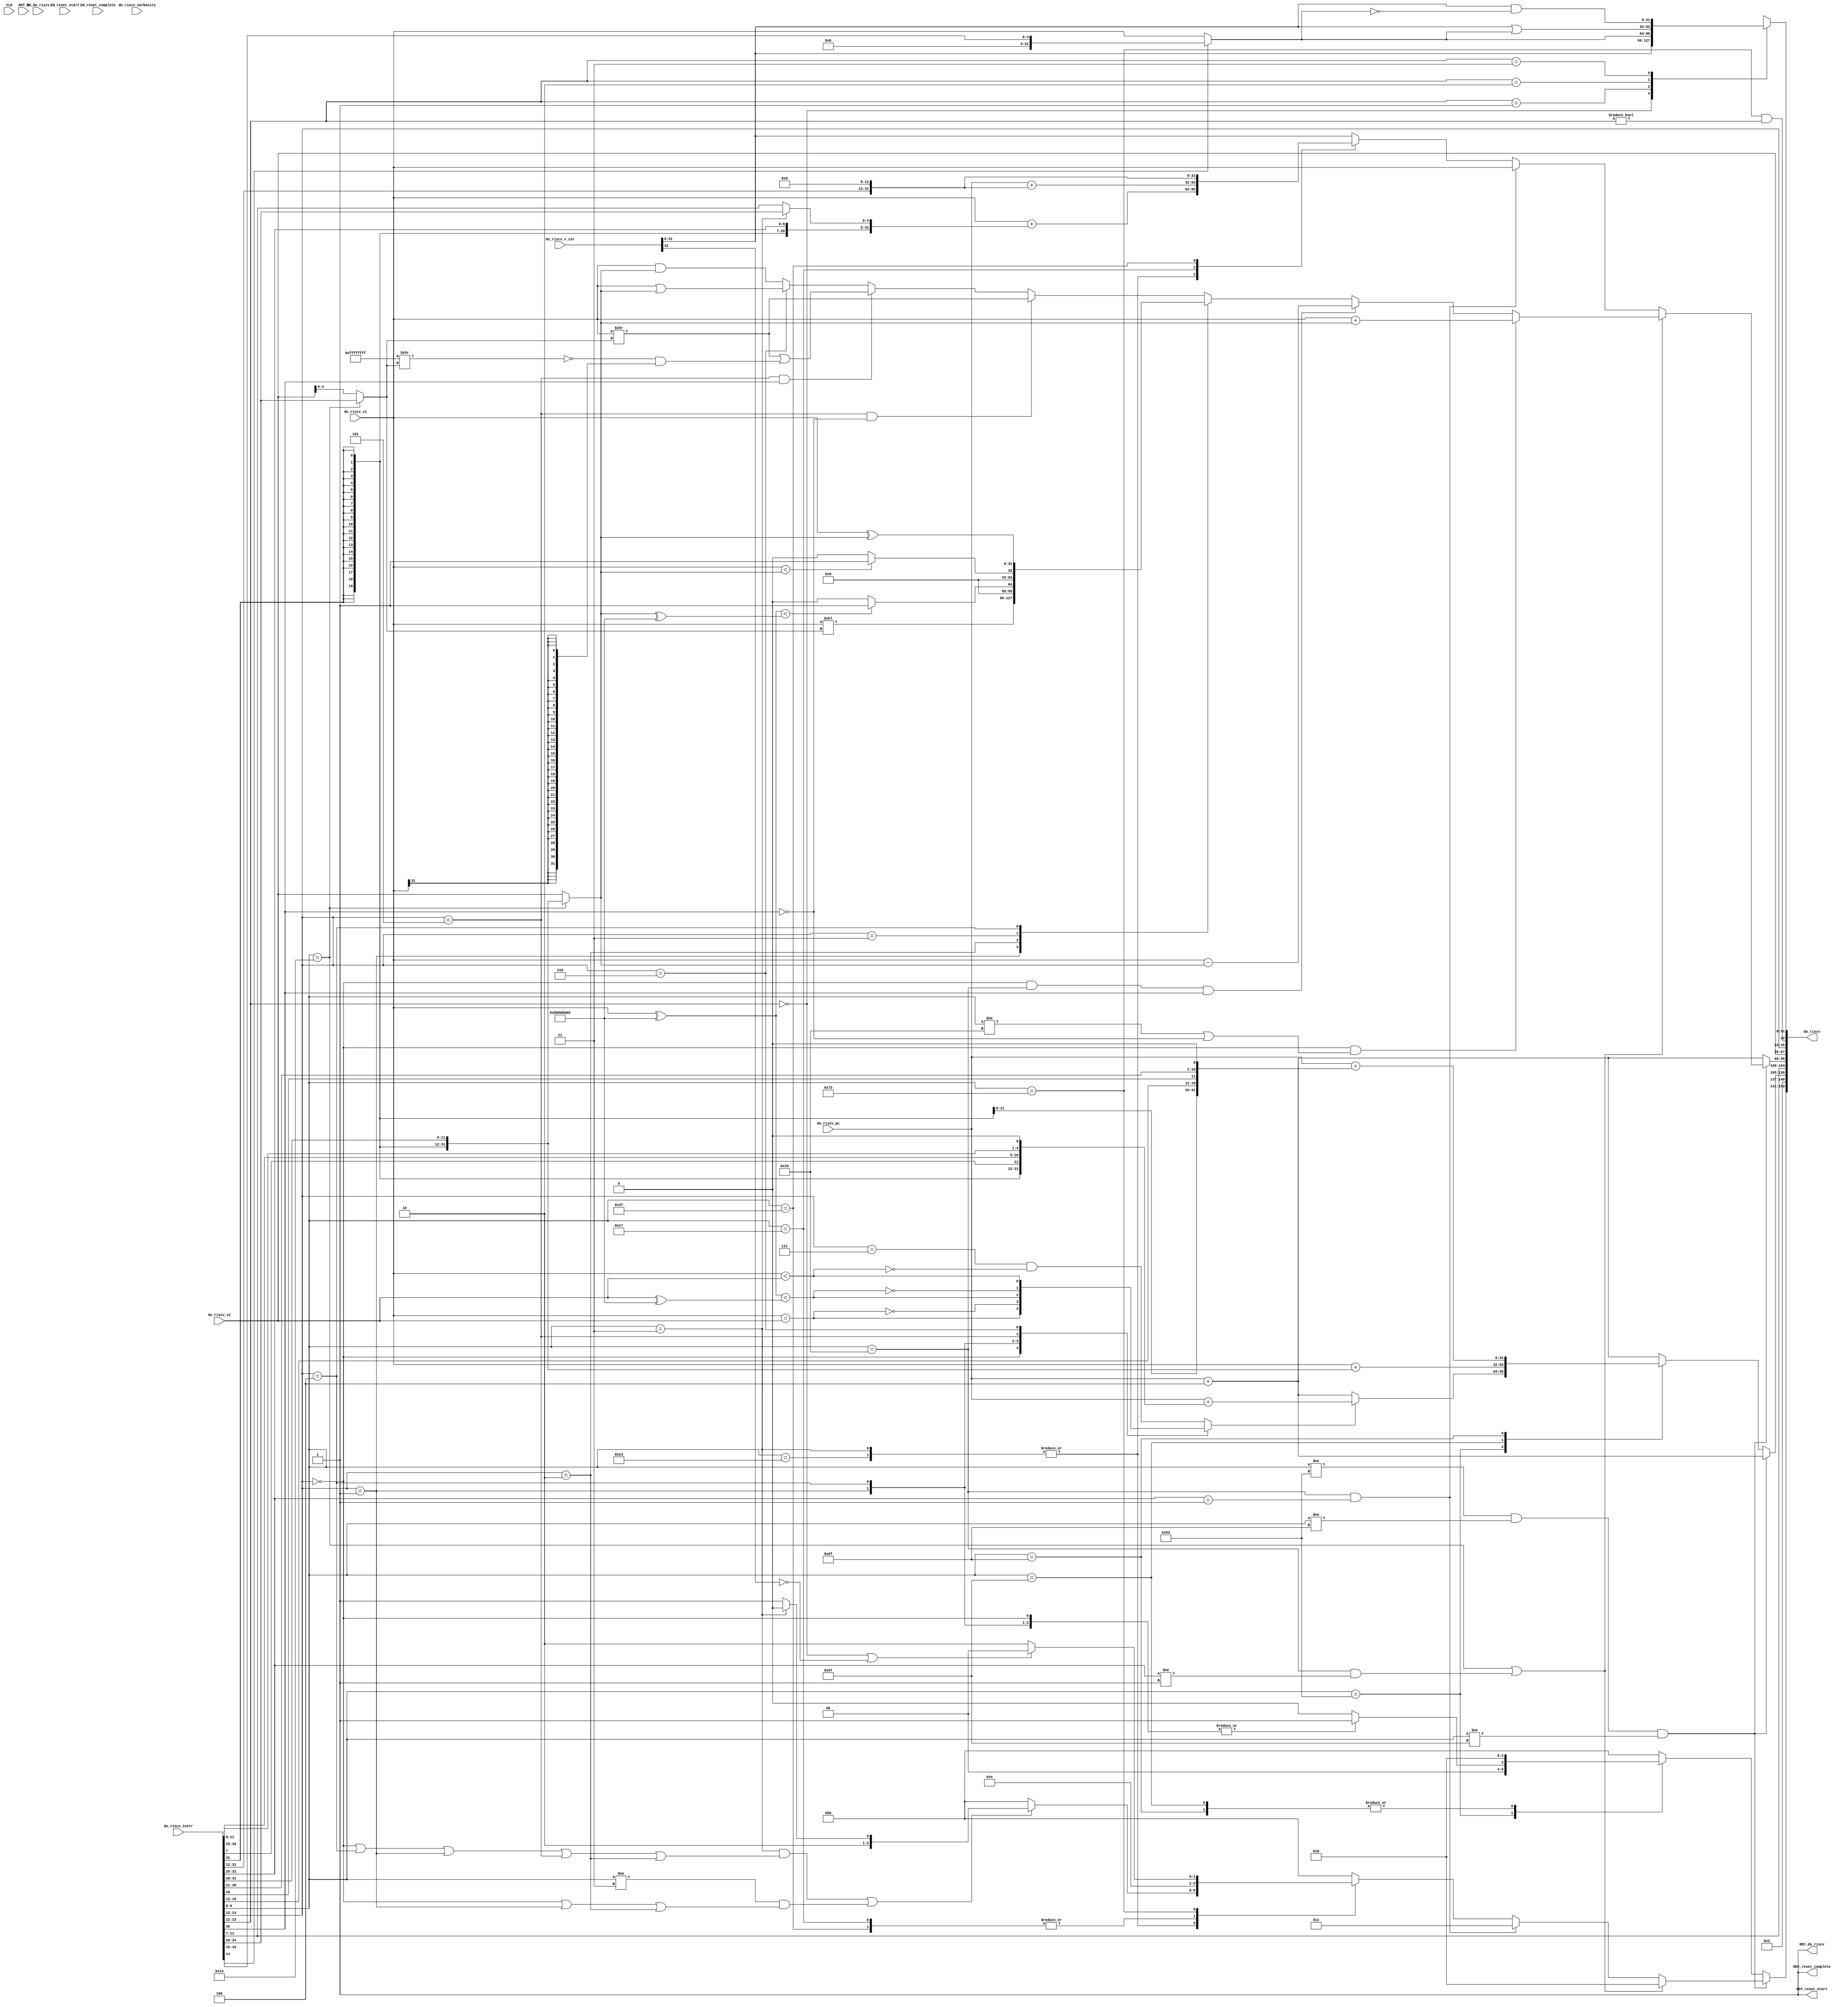
// This program was cloned from: https://github.com/rsnikhil/RISCV_Piccolo_v1
// License: MIT License

//
// Generated by Bluespec Compiler, version 2016.03.beta1 (build 34761, 2016-03-16)
//
// On Sat Jul  9 18:53:25 EDT 2016
//
//
// Ports:
// Name                         I/O  size props
// RDY_reset_start                O     1 const
// RDY_reset_complete             O     1 const
// do_riscv                       O   144
// RDY_do_riscv                   O     1 const
// CLK                            I     1 unused
// RST_N                          I     1 unused
// do_riscv_verbosity             I     4
// do_riscv_pc                    I    32
// do_riscv_instr                 I    32
// do_riscv_v1                    I    32
// do_riscv_v2                    I    32
// do_riscv_v_csr                 I    33
// EN_reset_start                 I     1 unused
// EN_reset_complete              I     1 unused
// EN_do_riscv                    I     1 unused
//
// Combinational paths from inputs to outputs:
//   (do_riscv_pc,
//    do_riscv_instr,
//    do_riscv_v1,
//    do_riscv_v2,
//    do_riscv_v_csr) -> do_riscv
//
//

`ifdef BSV_ASSIGNMENT_DELAY
`else
  `define BSV_ASSIGNMENT_DELAY
`endif

`ifdef BSV_POSITIVE_RESET
  `define BSV_RESET_VALUE 1'b1
  `define BSV_RESET_EDGE posedge
`else
  `define BSV_RESET_VALUE 1'b0
  `define BSV_RESET_EDGE negedge
`endif

module mkRISCV_Exec(CLK,
		    RST_N,

		    EN_reset_start,
		    RDY_reset_start,

		    EN_reset_complete,
		    RDY_reset_complete,

		    do_riscv_verbosity,
		    do_riscv_pc,
		    do_riscv_instr,
		    do_riscv_v1,
		    do_riscv_v2,
		    do_riscv_v_csr,
		    EN_do_riscv,
		    do_riscv,
		    RDY_do_riscv);
  input  CLK;
  input  RST_N;

  // action method reset_start
  input  EN_reset_start;
  output RDY_reset_start;

  // action method reset_complete
  input  EN_reset_complete;
  output RDY_reset_complete;

  // actionvalue method do_riscv
  input  [3 : 0] do_riscv_verbosity;
  input  [31 : 0] do_riscv_pc;
  input  [31 : 0] do_riscv_instr;
  input  [31 : 0] do_riscv_v1;
  input  [31 : 0] do_riscv_v2;
  input  [32 : 0] do_riscv_v_csr;
  input  EN_do_riscv;
  output [143 : 0] do_riscv;
  output RDY_do_riscv;

  // signals for module outputs
  wire [143 : 0] do_riscv;
  wire RDY_do_riscv, RDY_reset_complete, RDY_reset_start;

  // rule scheduling signals
  wire CAN_FIRE_do_riscv,
       CAN_FIRE_reset_complete,
       CAN_FIRE_reset_start,
       WILL_FIRE_do_riscv,
       WILL_FIRE_reset_complete,
       WILL_FIRE_reset_start;

  // remaining internal signals
  reg [31 : 0] _theResult_____2_snd__h518,
	       _theResult___fst_next_pc__h1650,
	       v__h1181,
	       v__h1187,
	       v__h1946,
	       v__h1952,
	       value__h2636,
	       x1_avValue_value1__h1441;
  reg [4 : 0] x1_avValue_rd__h1408;
  reg [2 : 0] CASE_do_riscv_instr_BITS_14_TO_12_0b0_1_0b1_1__ETC__q5,
	      CASE_do_riscv_instr_BITS_6_TO_0_0b1100011_CASE_ETC__q6,
	      CASE_do_riscv_instr_BITS_6_TO_0_0b11_IF_do_ris_ETC__q4;
  reg CASE_do_riscv_instr_BITS_6_TO_0_0b11_NOT_do_ri_ETC__q2,
      CASE_do_riscv_instr_BITS_6_TO_0_0b11_do_riscv__ETC__q3,
      IF_do_riscv_instr_BITS_14_TO_12_1_EQ_0b0_4_THE_ETC___d183;
  wire [31 : 0] IF_do_riscv_instr_BITS_6_TO_0_EQ_0b11_6_THEN_S_ETC___d48,
		SEXT_do_riscv_instr_BITS_31_TO_20____d8,
		_theResult_____2_snd__h511,
		_theResult_____2_snd__h548,
		_theResult_____2_snd__h557,
		_theResult_____2_snd__h564,
		_theResult_____2_snd__h571,
		_theResult_____3__h1121,
		eaddr__h1494,
		eaddr__h809,
		result___1_next_pc__h1700,
		v1_local___1__h2688,
		v_csr___1__h2666,
		v_csr___1__h2734,
		v_rd___1__h498,
		v_rd___1__h506,
		v_rd___1__h513,
		v_rd___1__h520,
		v_rd___1__h527,
		v_rd___1__h534,
		v_rd___1__h543,
		v_rd___1__h552,
		v_rd___1__h559,
		v_rd__h688,
		value__h772,
		x1_avValue_next_pc__h1439,
		x1_avValue_next_pc__h1474,
		x1_avValue_next_pc__h1658,
		x1_avValue_snd_snd__h2401,
		x1_avValue_value1__h1460,
		x1_avValue_value1__h1476,
		x1_avValue_value1__h1660,
		y__h2746,
		y_avValue_value1__h1007,
		y_avValue_value1__h597;
  wire [20 : 0] imm21_UJ__h83;
  wire [12 : 0] imm13_SB__h81;
  wire [11 : 0] do_riscv_instr_BITS_31_TO_20__q1, imm12_S__h80;
  wire [4 : 0] shamt__h446,
	       x1_avValue_rd__h1459,
	       x1_avValue_rd__h1475,
	       x1_avValue_rd__h1659;
  wire [2 : 0] IF_do_riscv_instr_BITS_6_TO_0_EQ_0b110011_0_AN_ETC___d291,
	       IF_do_riscv_instr_BITS_6_TO_0_EQ_0b11_6_AND_do_ETC___d286;
  wire IF_NOT_do_riscv_instr_BITS_6_TO_0_EQ_0b1100011_ETC___d120,
       IF_NOT_do_riscv_instr_BITS_6_TO_0_EQ_0b1100011_ETC___d163,
       NOT_do_riscv_verbosity_ULE_1___d4,
       do_riscv_v1_EQ_do_riscv_v2___d172,
       do_riscv_v1_SLT_do_riscv_v2___d174,
       do_riscv_v1_ULT_do_riscv_v2___d176;

  // action method reset_start
  assign RDY_reset_start = 1'd1 ;
  assign CAN_FIRE_reset_start = 1'd1 ;
  assign WILL_FIRE_reset_start = EN_reset_start ;

  // action method reset_complete
  assign RDY_reset_complete = 1'd1 ;
  assign CAN_FIRE_reset_complete = 1'd1 ;
  assign WILL_FIRE_reset_complete = EN_reset_complete ;

  // actionvalue method do_riscv
  assign do_riscv =
	     { (do_riscv_instr[6:0] != 7'b1100011 &&
		do_riscv_instr[6:0] != 7'b1101111 &&
		do_riscv_instr[6:0] != 7'b1100111) ?
		 ((do_riscv_instr[6:0] == 7'b0010011 ||
		   do_riscv_instr[6:0] == 7'b0110011 &&
		   do_riscv_instr[31:25] != 7'b0000001) ?
		    3'd2 :
		    IF_do_riscv_instr_BITS_6_TO_0_EQ_0b110011_0_AN_ETC___d291) :
		 CASE_do_riscv_instr_BITS_6_TO_0_0b1100011_CASE_ETC__q6,
	       4'h2,
	       x1_avValue_next_pc__h1658,
	       x1_avValue_rd__h1659,
	       x1_avValue_value1__h1660,
	       do_riscv_v2,
	       do_riscv_instr[14:12],
	       do_riscv_instr[6:0] == 7'b1110011 &&
	       do_riscv_instr[13:12] != 2'd0,
	       value__h2636 } ;
  assign RDY_do_riscv = 1'd1 ;
  assign CAN_FIRE_do_riscv = 1'd1 ;
  assign WILL_FIRE_do_riscv = EN_do_riscv ;

  // remaining internal signals
  assign IF_NOT_do_riscv_instr_BITS_6_TO_0_EQ_0b1100011_ETC___d120 =
	     (do_riscv_instr[6:0] != 7'b1100011 &&
	      do_riscv_instr[6:0] != 7'b1101111 &&
	      do_riscv_instr[6:0] != 7'b1100111) ?
	       ((do_riscv_instr[6:0] == 7'b0010011 ||
		 do_riscv_instr[6:0] == 7'b0110011 &&
		 do_riscv_instr[31:25] != 7'b0000001) ?
		  1'b0 :
		  (do_riscv_instr[6:0] != 7'b0110011 ||
		   do_riscv_instr[31:25] != 7'b0000001) &&
		  do_riscv_instr[6:0] != 7'b0110111 &&
		  do_riscv_instr[6:0] != 7'b0010111 &&
		  CASE_do_riscv_instr_BITS_6_TO_0_0b11_NOT_do_ri_ETC__q2) :
	       ((do_riscv_instr[6:0] == 7'b1100011) ?
		  do_riscv_instr[14:12] != 3'b0 &&
		  do_riscv_instr[14:12] != 3'b001 &&
		  do_riscv_instr[14:12] != 3'b100 &&
		  do_riscv_instr[14:12] != 3'b101 &&
		  do_riscv_instr[14:12] != 3'b110 &&
		  do_riscv_instr[14:12] != 3'b111 :
		  do_riscv_instr[6:0] != 7'b1101111 &&
		  do_riscv_instr[6:0] != 7'b1100111) ;
  assign IF_NOT_do_riscv_instr_BITS_6_TO_0_EQ_0b1100011_ETC___d163 =
	     (do_riscv_instr[6:0] != 7'b1100011 &&
	      do_riscv_instr[6:0] != 7'b1101111 &&
	      do_riscv_instr[6:0] != 7'b1100111) ?
	       ((do_riscv_instr[6:0] == 7'b0010011 ||
		 do_riscv_instr[6:0] == 7'b0110011 &&
		 do_riscv_instr[31:25] != 7'b0000001) ?
		  1'b1 :
		  do_riscv_instr[6:0] == 7'b0110011 &&
		  do_riscv_instr[31:25] == 7'b0000001 ||
		  do_riscv_instr[6:0] == 7'b0110111 ||
		  do_riscv_instr[6:0] == 7'b0010111 ||
		  CASE_do_riscv_instr_BITS_6_TO_0_0b11_do_riscv__ETC__q3) :
	       ((do_riscv_instr[6:0] == 7'b1100011) ?
		  do_riscv_instr[14:12] == 3'b0 ||
		  do_riscv_instr[14:12] == 3'b001 ||
		  do_riscv_instr[14:12] == 3'b100 ||
		  do_riscv_instr[14:12] == 3'b101 ||
		  do_riscv_instr[14:12] == 3'b110 ||
		  do_riscv_instr[14:12] == 3'b111 :
		  do_riscv_instr[6:0] == 7'b1101111 ||
		  do_riscv_instr[6:0] == 7'b1100111) ;
  assign IF_do_riscv_instr_BITS_6_TO_0_EQ_0b110011_0_AN_ETC___d291 =
	     (do_riscv_instr[6:0] == 7'b0110011 &&
	      do_riscv_instr[31:25] == 7'b0000001) ?
	       3'd3 :
	       CASE_do_riscv_instr_BITS_6_TO_0_0b11_IF_do_ris_ETC__q4 ;
  assign IF_do_riscv_instr_BITS_6_TO_0_EQ_0b11_6_AND_do_ETC___d286 =
	     (do_riscv_instr[6:0] == 7'b0000011 &&
	      (do_riscv_instr[14:12] == 3'b0 ||
	       do_riscv_instr[14:12] == 3'b100 ||
	       do_riscv_instr[14:12] == 3'b001 ||
	       do_riscv_instr[14:12] == 3'b101 ||
	       do_riscv_instr[14:12] == 3'b010) ||
	      do_riscv_instr[6:0] != 7'b0000011 &&
	      (do_riscv_instr[14:12] == 3'b0 ||
	       do_riscv_instr[14:12] == 3'b001 ||
	       do_riscv_instr[14:12] == 3'b010)) ?
	       ((do_riscv_instr[6:0] == 7'b0000011) ? 3'd4 : 3'd5) :
	       3'd0 ;
  assign IF_do_riscv_instr_BITS_6_TO_0_EQ_0b11_6_THEN_S_ETC___d48 =
	     (do_riscv_instr[6:0] == 7'b0000011) ?
	       SEXT_do_riscv_instr_BITS_31_TO_20____d8 :
	       { {20{imm12_S__h80[11]}}, imm12_S__h80 } ;
  assign NOT_do_riscv_verbosity_ULE_1___d4 = do_riscv_verbosity > 4'd1 ;
  assign SEXT_do_riscv_instr_BITS_31_TO_20____d8 =
	     { {20{do_riscv_instr_BITS_31_TO_20__q1[11]}},
	       do_riscv_instr_BITS_31_TO_20__q1 } ;
  assign _theResult_____2_snd__h511 =
	     (do_riscv_instr[14:12] == 3'b0 &&
	      do_riscv_instr[6:0] == 7'b0110011 &&
	      do_riscv_instr[30]) ?
	       v_rd___1__h506 :
	       _theResult_____2_snd__h518 ;
  assign _theResult_____2_snd__h548 =
	     (do_riscv_instr[14:12] == 3'b101 && !do_riscv_instr[30]) ?
	       v_rd___1__h543 :
	       _theResult_____2_snd__h557 ;
  assign _theResult_____2_snd__h557 =
	     (do_riscv_instr[14:12] == 3'b101 && do_riscv_instr[30]) ?
	       v_rd___1__h552 :
	       _theResult_____2_snd__h564 ;
  assign _theResult_____2_snd__h564 =
	     (do_riscv_instr[14:12] == 3'b110) ?
	       v_rd___1__h559 :
	       _theResult_____2_snd__h571 ;
  assign _theResult_____2_snd__h571 =
	     do_riscv_v1 & x1_avValue_snd_snd__h2401 ;
  assign _theResult_____3__h1121 =
	     do_riscv_instr[14] ? v1_local___1__h2688 : do_riscv_v1 ;
  assign do_riscv_instr_BITS_31_TO_20__q1 = do_riscv_instr[31:20] ;
  assign do_riscv_v1_EQ_do_riscv_v2___d172 = do_riscv_v1 == do_riscv_v2 ;
  assign do_riscv_v1_SLT_do_riscv_v2___d174 =
	     (do_riscv_v1 ^ 32'h80000000) < (do_riscv_v2 ^ 32'h80000000) ;
  assign do_riscv_v1_ULT_do_riscv_v2___d176 = do_riscv_v1 < do_riscv_v2 ;
  assign eaddr__h1494 =
	     do_riscv_pc + { {19{imm13_SB__h81[12]}}, imm13_SB__h81 } ;
  assign eaddr__h809 = y_avValue_value1__h1007 ;
  assign imm12_S__h80 = { do_riscv_instr[31:25], do_riscv_instr[11:7] } ;
  assign imm13_SB__h81 =
	     { do_riscv_instr[31],
	       do_riscv_instr[7],
	       do_riscv_instr[30:25],
	       do_riscv_instr[11:8],
	       1'b0 } ;
  assign imm21_UJ__h83 =
	     { do_riscv_instr[31],
	       do_riscv_instr[19:12],
	       do_riscv_instr[20],
	       do_riscv_instr[30:21],
	       1'b0 } ;
  assign result___1_next_pc__h1700 = do_riscv_pc + 32'd4 ;
  assign shamt__h446 =
	     (do_riscv_instr[6:0] == 7'b0010011) ?
	       do_riscv_instr[24:20] :
	       do_riscv_v2[4:0] ;
  assign v1_local___1__h2688 = { 27'd0, do_riscv_instr[19:15] } ;
  assign v_csr___1__h2666 = do_riscv_v_csr[31:0] | _theResult_____3__h1121 ;
  assign v_csr___1__h2734 = do_riscv_v_csr[31:0] & y__h2746 ;
  assign v_rd___1__h498 = do_riscv_v1 + x1_avValue_snd_snd__h2401 ;
  assign v_rd___1__h506 = do_riscv_v1 - x1_avValue_snd_snd__h2401 ;
  assign v_rd___1__h513 = do_riscv_v1 << shamt__h446 ;
  assign v_rd___1__h520 =
	     ((do_riscv_v1 ^ 32'h80000000) <
	      (x1_avValue_snd_snd__h2401 ^ 32'h80000000)) ?
	       32'd1 :
	       32'd0 ;
  assign v_rd___1__h527 =
	     (do_riscv_v1 < x1_avValue_snd_snd__h2401) ? 32'd1 : 32'd0 ;
  assign v_rd___1__h534 = do_riscv_v1 ^ x1_avValue_snd_snd__h2401 ;
  assign v_rd___1__h543 = do_riscv_v1 >> shamt__h446 ;
  assign v_rd___1__h552 =
	     do_riscv_v1 >> shamt__h446 |
	     ~(32'hFFFFFFFF >> shamt__h446) & {32{do_riscv_v1[31]}} ;
  assign v_rd___1__h559 = do_riscv_v1 | x1_avValue_snd_snd__h2401 ;
  assign v_rd__h688 = { do_riscv_instr[31:12], 12'h0 } ;
  assign value__h772 = do_riscv_pc + v_rd__h688 ;
  assign x1_avValue_next_pc__h1439 = result___1_next_pc__h1700 ;
  assign x1_avValue_next_pc__h1474 =
	     (do_riscv_instr[6:0] == 7'b0110011 &&
	      do_riscv_instr[31:25] == 7'b0000001) ?
	       result___1_next_pc__h1700 :
	       x1_avValue_next_pc__h1439 ;
  assign x1_avValue_next_pc__h1658 =
	     (do_riscv_instr[6:0] != 7'b1100011 &&
	      do_riscv_instr[6:0] != 7'b1101111 &&
	      do_riscv_instr[6:0] != 7'b1100111) ?
	       x1_avValue_next_pc__h1474 :
	       _theResult___fst_next_pc__h1650 ;
  assign x1_avValue_rd__h1459 =
	     (do_riscv_instr[6:0] == 7'b0110011 &&
	      do_riscv_instr[31:25] == 7'b0000001 ||
	      do_riscv_instr[6:0] == 7'b0110111 ||
	      do_riscv_instr[6:0] == 7'b0010111) ?
	       do_riscv_instr[11:7] :
	       x1_avValue_rd__h1408 ;
  assign x1_avValue_rd__h1475 =
	     (do_riscv_instr[6:0] == 7'b0010011 ||
	      do_riscv_instr[6:0] == 7'b0110011 &&
	      do_riscv_instr[31:25] != 7'b0000001) ?
	       do_riscv_instr[11:7] :
	       x1_avValue_rd__h1459 ;
  assign x1_avValue_rd__h1659 =
	     (do_riscv_instr[6:0] != 7'b1100011 &&
	      do_riscv_instr[6:0] != 7'b1101111 &&
	      do_riscv_instr[6:0] != 7'b1100111) ?
	       x1_avValue_rd__h1475 :
	       do_riscv_instr[11:7] ;
  assign x1_avValue_snd_snd__h2401 =
	     (do_riscv_instr[6:0] == 7'b0010011) ?
	       SEXT_do_riscv_instr_BITS_31_TO_20____d8 :
	       do_riscv_v2 ;
  assign x1_avValue_value1__h1460 =
	     (do_riscv_instr[6:0] == 7'b0110011 &&
	      do_riscv_instr[31:25] == 7'b0000001) ?
	       do_riscv_v1 :
	       x1_avValue_value1__h1441 ;
  assign x1_avValue_value1__h1476 =
	     (do_riscv_instr[6:0] == 7'b0010011 ||
	      do_riscv_instr[6:0] == 7'b0110011 &&
	      do_riscv_instr[31:25] != 7'b0000001) ?
	       y_avValue_value1__h597 :
	       x1_avValue_value1__h1460 ;
  assign x1_avValue_value1__h1660 =
	     (do_riscv_instr[6:0] != 7'b1100011 &&
	      do_riscv_instr[6:0] != 7'b1101111 &&
	      do_riscv_instr[6:0] != 7'b1100111) ?
	       x1_avValue_value1__h1476 :
	       result___1_next_pc__h1700 ;
  assign y__h2746 = ~_theResult_____3__h1121 ;
  assign y_avValue_value1__h1007 =
	     do_riscv_v1 +
	     IF_do_riscv_instr_BITS_6_TO_0_EQ_0b11_6_THEN_S_ETC___d48 ;
  assign y_avValue_value1__h597 =
	     (do_riscv_instr[14:12] == 3'b0 &&
	      (do_riscv_instr[6:0] != 7'b0110011 || !do_riscv_instr[30])) ?
	       v_rd___1__h498 :
	       _theResult_____2_snd__h511 ;
  always@(do_riscv_instr)
  begin
    case (do_riscv_instr[6:0])
      7'b0000011, 7'b0100011: x1_avValue_rd__h1408 = do_riscv_instr[11:7];
      default: x1_avValue_rd__h1408 = do_riscv_instr[11:7];
    endcase
  end
  always@(do_riscv_instr or
	  do_riscv_v_csr or
	  _theResult_____3__h1121 or v_csr___1__h2666 or v_csr___1__h2734)
  begin
    case (do_riscv_instr[13:12])
      2'd0: value__h2636 = do_riscv_v_csr[31:0];
      2'd1: value__h2636 = _theResult_____3__h1121;
      2'd2: value__h2636 = v_csr___1__h2666;
      2'd3: value__h2636 = v_csr___1__h2734;
    endcase
  end
  always@(do_riscv_instr or
	  do_riscv_v_csr or
	  y_avValue_value1__h1007 or value__h772 or v_rd__h688)
  begin
    case (do_riscv_instr[6:0])
      7'b0000011, 7'b0100011:
	  x1_avValue_value1__h1441 = y_avValue_value1__h1007;
      7'b0010111: x1_avValue_value1__h1441 = value__h772;
      7'b0110111: x1_avValue_value1__h1441 = v_rd__h688;
      default: x1_avValue_value1__h1441 = do_riscv_v_csr[31:0];
    endcase
  end
  always@(do_riscv_instr or
	  _theResult_____2_snd__h548 or
	  v_rd___1__h513 or
	  v_rd___1__h520 or v_rd___1__h527 or v_rd___1__h534)
  begin
    case (do_riscv_instr[14:12])
      3'b001: _theResult_____2_snd__h518 = v_rd___1__h513;
      3'b010: _theResult_____2_snd__h518 = v_rd___1__h520;
      3'b011: _theResult_____2_snd__h518 = v_rd___1__h527;
      3'b100: _theResult_____2_snd__h518 = v_rd___1__h534;
      default: _theResult_____2_snd__h518 = _theResult_____2_snd__h548;
    endcase
  end
  always@(do_riscv_instr or do_riscv_v_csr)
  begin
    case (do_riscv_instr[6:0])
      7'b0000011, 7'b0100011:
	  CASE_do_riscv_instr_BITS_6_TO_0_0b11_NOT_do_ri_ETC__q2 =
	      (do_riscv_instr[6:0] != 7'b0000011 ||
	       do_riscv_instr[14:12] != 3'b0 &&
	       do_riscv_instr[14:12] != 3'b100 &&
	       do_riscv_instr[14:12] != 3'b001 &&
	       do_riscv_instr[14:12] != 3'b101 &&
	       do_riscv_instr[14:12] != 3'b010) &&
	      (do_riscv_instr[6:0] == 7'b0000011 ||
	       do_riscv_instr[14:12] != 3'b0 &&
	       do_riscv_instr[14:12] != 3'b001 &&
	       do_riscv_instr[14:12] != 3'b010);
      default: CASE_do_riscv_instr_BITS_6_TO_0_0b11_NOT_do_ri_ETC__q2 =
		   do_riscv_instr[6:0] != 7'b1110011 ||
		   do_riscv_instr[13:12] == 2'd0 ||
		   !do_riscv_v_csr[32];
    endcase
  end
  always@(do_riscv_instr or do_riscv_v_csr)
  begin
    case (do_riscv_instr[6:0])
      7'b0000011, 7'b0100011:
	  CASE_do_riscv_instr_BITS_6_TO_0_0b11_do_riscv__ETC__q3 =
	      do_riscv_instr[6:0] == 7'b0000011 &&
	      (do_riscv_instr[14:12] == 3'b0 ||
	       do_riscv_instr[14:12] == 3'b100 ||
	       do_riscv_instr[14:12] == 3'b001 ||
	       do_riscv_instr[14:12] == 3'b101 ||
	       do_riscv_instr[14:12] == 3'b010) ||
	      do_riscv_instr[6:0] != 7'b0000011 &&
	      (do_riscv_instr[14:12] == 3'b0 ||
	       do_riscv_instr[14:12] == 3'b001 ||
	       do_riscv_instr[14:12] == 3'b010);
      default: CASE_do_riscv_instr_BITS_6_TO_0_0b11_do_riscv__ETC__q3 =
		   do_riscv_instr[6:0] == 7'b1110011 &&
		   do_riscv_instr[13:12] != 2'd0 &&
		   do_riscv_v_csr[32];
    endcase
  end
  always@(do_riscv_instr or
	  do_riscv_v1_ULT_do_riscv_v2___d176 or
	  do_riscv_v1_EQ_do_riscv_v2___d172 or
	  do_riscv_v1_SLT_do_riscv_v2___d174)
  begin
    case (do_riscv_instr[14:12])
      3'b0:
	  IF_do_riscv_instr_BITS_14_TO_12_1_EQ_0b0_4_THE_ETC___d183 =
	      do_riscv_v1_EQ_do_riscv_v2___d172;
      3'b001:
	  IF_do_riscv_instr_BITS_14_TO_12_1_EQ_0b0_4_THE_ETC___d183 =
	      !do_riscv_v1_EQ_do_riscv_v2___d172;
      3'b100:
	  IF_do_riscv_instr_BITS_14_TO_12_1_EQ_0b0_4_THE_ETC___d183 =
	      do_riscv_v1_SLT_do_riscv_v2___d174;
      3'b101:
	  IF_do_riscv_instr_BITS_14_TO_12_1_EQ_0b0_4_THE_ETC___d183 =
	      !do_riscv_v1_SLT_do_riscv_v2___d174;
      3'b110:
	  IF_do_riscv_instr_BITS_14_TO_12_1_EQ_0b0_4_THE_ETC___d183 =
	      do_riscv_v1_ULT_do_riscv_v2___d176;
      default: IF_do_riscv_instr_BITS_14_TO_12_1_EQ_0b0_4_THE_ETC___d183 =
		   do_riscv_instr[14:12] == 3'b111 &&
		   !do_riscv_v1_ULT_do_riscv_v2___d176;
    endcase
  end
  always@(do_riscv_instr or
	  result___1_next_pc__h1700 or
	  IF_do_riscv_instr_BITS_14_TO_12_1_EQ_0b0_4_THE_ETC___d183 or
	  eaddr__h1494 or
	  do_riscv_v1 or
	  SEXT_do_riscv_instr_BITS_31_TO_20____d8 or
	  do_riscv_pc or imm21_UJ__h83)
  begin
    case (do_riscv_instr[6:0])
      7'b1100011:
	  _theResult___fst_next_pc__h1650 =
	      IF_do_riscv_instr_BITS_14_TO_12_1_EQ_0b0_4_THE_ETC___d183 ?
		eaddr__h1494 :
		result___1_next_pc__h1700;
      7'b1100111:
	  _theResult___fst_next_pc__h1650 =
	      do_riscv_v1 + SEXT_do_riscv_instr_BITS_31_TO_20____d8;
      7'b1101111:
	  _theResult___fst_next_pc__h1650 =
	      do_riscv_pc + { {11{imm21_UJ__h83[20]}}, imm21_UJ__h83 };
      default: _theResult___fst_next_pc__h1650 = result___1_next_pc__h1700;
    endcase
  end
  always@(do_riscv_instr or
	  IF_do_riscv_instr_BITS_6_TO_0_EQ_0b11_6_AND_do_ETC___d286 or
	  do_riscv_v_csr)
  begin
    case (do_riscv_instr[6:0])
      7'b0000011, 7'b0100011:
	  CASE_do_riscv_instr_BITS_6_TO_0_0b11_IF_do_ris_ETC__q4 =
	      IF_do_riscv_instr_BITS_6_TO_0_EQ_0b11_6_AND_do_ETC___d286;
      7'b0010111, 7'b0110111:
	  CASE_do_riscv_instr_BITS_6_TO_0_0b11_IF_do_ris_ETC__q4 = 3'd2;
      7'b1110011:
	  CASE_do_riscv_instr_BITS_6_TO_0_0b11_IF_do_ris_ETC__q4 =
	      (do_riscv_instr[13:12] == 2'd0 || !do_riscv_v_csr[32]) ?
		3'd0 :
		3'd2;
      default: CASE_do_riscv_instr_BITS_6_TO_0_0b11_IF_do_ris_ETC__q4 = 3'd0;
    endcase
  end
  always@(do_riscv_instr)
  begin
    case (do_riscv_instr[14:12])
      3'b0, 3'b001, 3'b100, 3'b101, 3'b110, 3'b111:
	  CASE_do_riscv_instr_BITS_14_TO_12_0b0_1_0b1_1__ETC__q5 = 3'd1;
      default: CASE_do_riscv_instr_BITS_14_TO_12_0b0_1_0b1_1__ETC__q5 = 3'd0;
    endcase
  end
  always@(do_riscv_instr or
	  CASE_do_riscv_instr_BITS_14_TO_12_0b0_1_0b1_1__ETC__q5)
  begin
    case (do_riscv_instr[6:0])
      7'b1100011:
	  CASE_do_riscv_instr_BITS_6_TO_0_0b1100011_CASE_ETC__q6 =
	      CASE_do_riscv_instr_BITS_14_TO_12_0b0_1_0b1_1__ETC__q5;
      7'b1100111, 7'b1101111:
	  CASE_do_riscv_instr_BITS_6_TO_0_0b1100011_CASE_ETC__q6 = 3'd2;
      default: CASE_do_riscv_instr_BITS_6_TO_0_0b1100011_CASE_ETC__q6 = 3'd0;
    endcase
  end

  // handling of system tasks

  // synopsys translate_off
  always@(negedge CLK)
  begin
    #0;
    if (EN_do_riscv && do_riscv_instr[6:0] == 7'b0010011 &&
	NOT_do_riscv_verbosity_ULE_1___d4)
      $display("    fav_ALU_OP_IMM: s_v1 = %0h, s_v2_local = %0h",
	       $signed(do_riscv_v1),
	       $signed(SEXT_do_riscv_instr_BITS_31_TO_20____d8));
    if (EN_do_riscv && do_riscv_instr[6:0] == 7'b0110011 &&
	do_riscv_instr[31:25] != 7'b0000001 &&
	NOT_do_riscv_verbosity_ULE_1___d4)
      $display("    fav_ALU_OP: s_v1 = %0h, s_v2_local = %0h",
	       $signed(do_riscv_v1),
	       $signed(do_riscv_v2));
    if (EN_do_riscv && do_riscv_instr[6:0] == 7'b0110111 &&
	NOT_do_riscv_verbosity_ULE_1___d4)
      $display("    fav_ALU_LUI");
    if (EN_do_riscv && do_riscv_instr[6:0] == 7'b0010111 &&
	NOT_do_riscv_verbosity_ULE_1___d4)
      $display("    fav_ALU_AUIPC");
    if (EN_do_riscv && do_riscv_instr[6:0] != 7'b1100011 &&
	do_riscv_instr[6:0] != 7'b1101111 &&
	do_riscv_instr[6:0] != 7'b1100111 &&
	do_riscv_instr[6:0] != 7'b0010011 &&
	(do_riscv_instr[6:0] != 7'b0110011 ||
	 do_riscv_instr[31:25] == 7'b0000001) &&
	(do_riscv_instr[6:0] != 7'b0110011 ||
	 do_riscv_instr[31:25] != 7'b0000001) &&
	do_riscv_instr[6:0] != 7'b0110111 &&
	do_riscv_instr[6:0] != 7'b0010111 &&
	(do_riscv_instr[6:0] == 7'b0000011 ||
	 do_riscv_instr[6:0] == 7'b0100011) &&
	NOT_do_riscv_verbosity_ULE_1___d4)
      $display("    fav_LD_ST: rd %0h, ld_addr 0x%0h = s_v1 0x%0h + imm_s 0x%0h, f3 = 0x%0h",
	       do_riscv_instr[11:7],
	       eaddr__h809,
	       $signed(do_riscv_v1),
	       $signed(IF_do_riscv_instr_BITS_6_TO_0_EQ_0b11_6_THEN_S_ETC___d48),
	       do_riscv_instr[14:12]);
    if (EN_do_riscv && do_riscv_instr[6:0] == 7'b1110011 &&
	NOT_do_riscv_verbosity_ULE_1___d4)
      $display("    fav_ALU_SYSTEM");
    if (EN_do_riscv && do_riscv_instr[6:0] == 7'b1110011 &&
	do_riscv_instr[13:12] != 2'd0 &&
	!do_riscv_v_csr[32])
      begin
        v__h1187 = $stime;
	#0;
      end
    v__h1181 = v__h1187 / 32'd10;
    if (EN_do_riscv && do_riscv_instr[6:0] == 7'b1110011 &&
	do_riscv_instr[13:12] != 2'd0 &&
	!do_riscv_v_csr[32])
      $display("%0d: ERROR: fav_ALU_SYSTEM: unimplemented CSR", v__h1181);
    if (EN_do_riscv &&
	(NOT_do_riscv_verbosity_ULE_1___d4 ||
	 IF_NOT_do_riscv_instr_BITS_6_TO_0_EQ_0b1100011_ETC___d120))
      begin
        v__h1952 = $stime;
	#0;
      end
    v__h1946 = v__h1952 / 32'd10;
    if (EN_do_riscv &&
	(NOT_do_riscv_verbosity_ULE_1___d4 ||
	 IF_NOT_do_riscv_instr_BITS_6_TO_0_EQ_0b1100011_ETC___d120))
      $write("%0d: fav_do_riscv: pc 0x%0h  instr 0x%0h  v1 0x%0h  v2 0x%0h  m_v_csr ",
	     v__h1946,
	     do_riscv_pc,
	     do_riscv_instr,
	     do_riscv_v1,
	     do_riscv_v2);
    if (EN_do_riscv &&
	(NOT_do_riscv_verbosity_ULE_1___d4 ||
	 IF_NOT_do_riscv_instr_BITS_6_TO_0_EQ_0b1100011_ETC___d120) &&
	do_riscv_v_csr[32])
      $write("tagged Valid ", "'h%h", do_riscv_v_csr[31:0]);
    if (EN_do_riscv &&
	(NOT_do_riscv_verbosity_ULE_1___d4 ||
	 IF_NOT_do_riscv_instr_BITS_6_TO_0_EQ_0b1100011_ETC___d120) &&
	!do_riscv_v_csr[32])
      $write("tagged Invalid ", "");
    if (EN_do_riscv &&
	(NOT_do_riscv_verbosity_ULE_1___d4 ||
	 IF_NOT_do_riscv_instr_BITS_6_TO_0_EQ_0b1100011_ETC___d120))
      $write("\n");
    if (EN_do_riscv &&
	(NOT_do_riscv_verbosity_ULE_1___d4 ||
	 IF_NOT_do_riscv_instr_BITS_6_TO_0_EQ_0b1100011_ETC___d120))
      $write("    result: ");
    if (EN_do_riscv &&
	(NOT_do_riscv_verbosity_ULE_1___d4 ||
	 IF_NOT_do_riscv_instr_BITS_6_TO_0_EQ_0b1100011_ETC___d120))
      $write("Result [");
    if (EN_do_riscv &&
	IF_NOT_do_riscv_instr_BITS_6_TO_0_EQ_0b1100011_ETC___d120)
      $write("ILLEGAL_INSTRUCTION");
    if (EN_do_riscv &&
	(NOT_do_riscv_verbosity_ULE_1___d4 ||
	 IF_NOT_do_riscv_instr_BITS_6_TO_0_EQ_0b1100011_ETC___d120) &&
	IF_NOT_do_riscv_instr_BITS_6_TO_0_EQ_0b1100011_ETC___d163)
      $write("next_pc 0x%0h rd %0d value1 0x%0h value2 0x%0h f3 0x%0h m_csr_val ",
	     x1_avValue_next_pc__h1658,
	     x1_avValue_rd__h1659,
	     x1_avValue_value1__h1660,
	     do_riscv_v2,
	     do_riscv_instr[14:12]);
    if (EN_do_riscv &&
	(NOT_do_riscv_verbosity_ULE_1___d4 ||
	 IF_NOT_do_riscv_instr_BITS_6_TO_0_EQ_0b1100011_ETC___d120) &&
	IF_NOT_do_riscv_instr_BITS_6_TO_0_EQ_0b1100011_ETC___d163 &&
	(do_riscv_instr[6:0] != 7'b1110011 || do_riscv_instr[13:12] == 2'd0))
      $write("tagged Invalid ", "");
    if (EN_do_riscv &&
	(NOT_do_riscv_verbosity_ULE_1___d4 ||
	 IF_NOT_do_riscv_instr_BITS_6_TO_0_EQ_0b1100011_ETC___d120) &&
	IF_NOT_do_riscv_instr_BITS_6_TO_0_EQ_0b1100011_ETC___d163 &&
	do_riscv_instr[6:0] == 7'b1110011 &&
	do_riscv_instr[13:12] != 2'd0)
      $write("tagged Valid ", "'h%h", value__h2636);
    if (EN_do_riscv &&
	(NOT_do_riscv_verbosity_ULE_1___d4 ||
	 IF_NOT_do_riscv_instr_BITS_6_TO_0_EQ_0b1100011_ETC___d120))
      $write("]");
    if (EN_do_riscv &&
	(NOT_do_riscv_verbosity_ULE_1___d4 ||
	 IF_NOT_do_riscv_instr_BITS_6_TO_0_EQ_0b1100011_ETC___d120))
      $write("\n");
  end
  // synopsys translate_on
endmodule  // mkRISCV_Exec